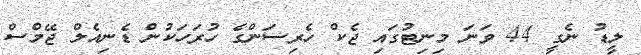
ލީޑު ނެގީ 44 ވަނަ މިނިޓުގައި ޖެކް ހެރިސަންގެ ހުރަހަކުން ޑެނިއެލް ޖޭމްސް